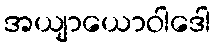
အယျာယောဝါဒေါ